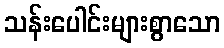
သန်းပေါင်းများစွာသော